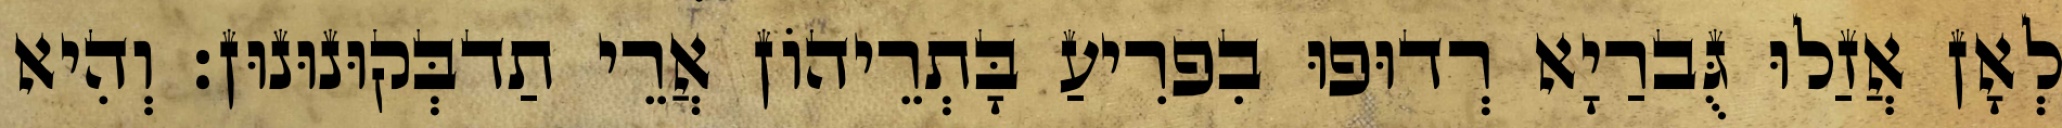
לְאָן אֲזַלוּ גֻּברַיָא רְדוּפוּ בִפרִיעַ בָּתְרֵיהוֹן אֲרֵי תַדבְּקוּנוּנוּן׃ וְהִיא